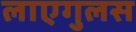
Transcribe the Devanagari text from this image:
लाएगुलस